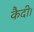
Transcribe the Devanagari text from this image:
कैदी।